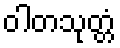
ဝါတသုတ္တံ